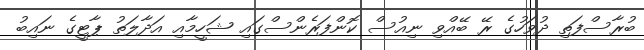
ބުރާސްފަތި ދުވަހުގެ ރޭ ބޭއްވި ނިއުސް ކޮންފަރެންސްގައި ޝަހީމާއި އަދާލަތު ޕާޓީގެ ނައިބު